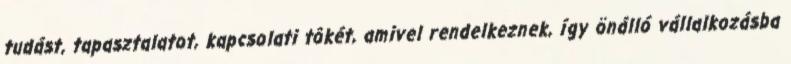
tudást, tapasztalatot, kapcsolati tôkét, amivel rendelkeznek, így önálló vállalkozásba